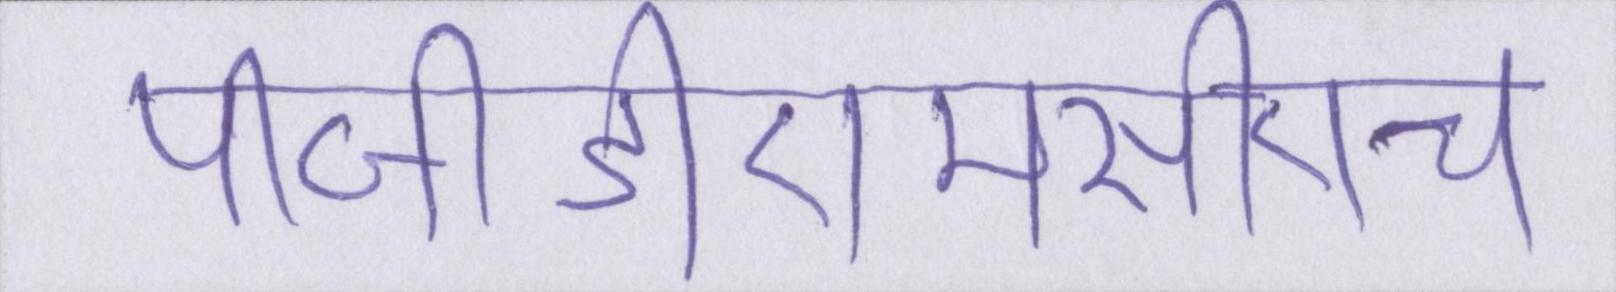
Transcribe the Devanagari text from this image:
पीजीडीएमसीएच